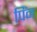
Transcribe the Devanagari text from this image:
पिंन